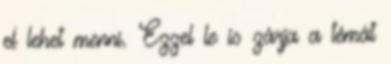
el lehet menni. Ezzel le is zárja a témát